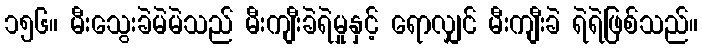
၁၅၆။ မီးသွေးခဲမဲမဲသည် မီးကျီးခဲရဲမှုနှင့် ရောလျှင် မီးကျီးခဲ ရဲရဲဖြစ်သည်။